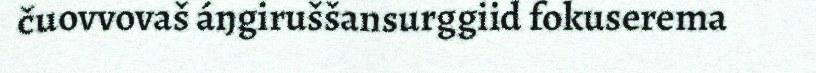
čuovvovaš áŋgiruššansurggiid fokuserema